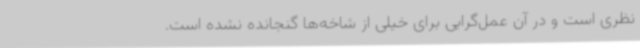
نظری است و در آن عمل‌گرایی برای خیلی از شاخه‌ها گنجانده نشده است.